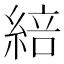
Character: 䋨